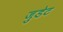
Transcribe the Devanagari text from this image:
जुडेट